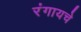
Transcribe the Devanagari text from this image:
रंगायचे